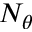
N _ { \theta }